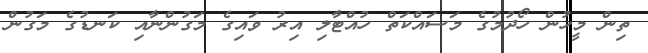
ތިން މީހުން ހޯދުމުގެ މަސައްކަތް ހުއްޓާލި އިރު ވައިގެ މަގުންނާއި ކަނޑުގެ މަގުން